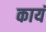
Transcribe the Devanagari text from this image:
कायं